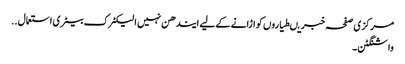
مرکزی صفحہ خبریںطیاروں کو اڑانے کے لیے ایندھن نہیں الیکٹرک بیٹری استعمال ..
واشنگٹن ۔